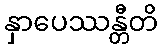
နှာပေဿန္တီတိ